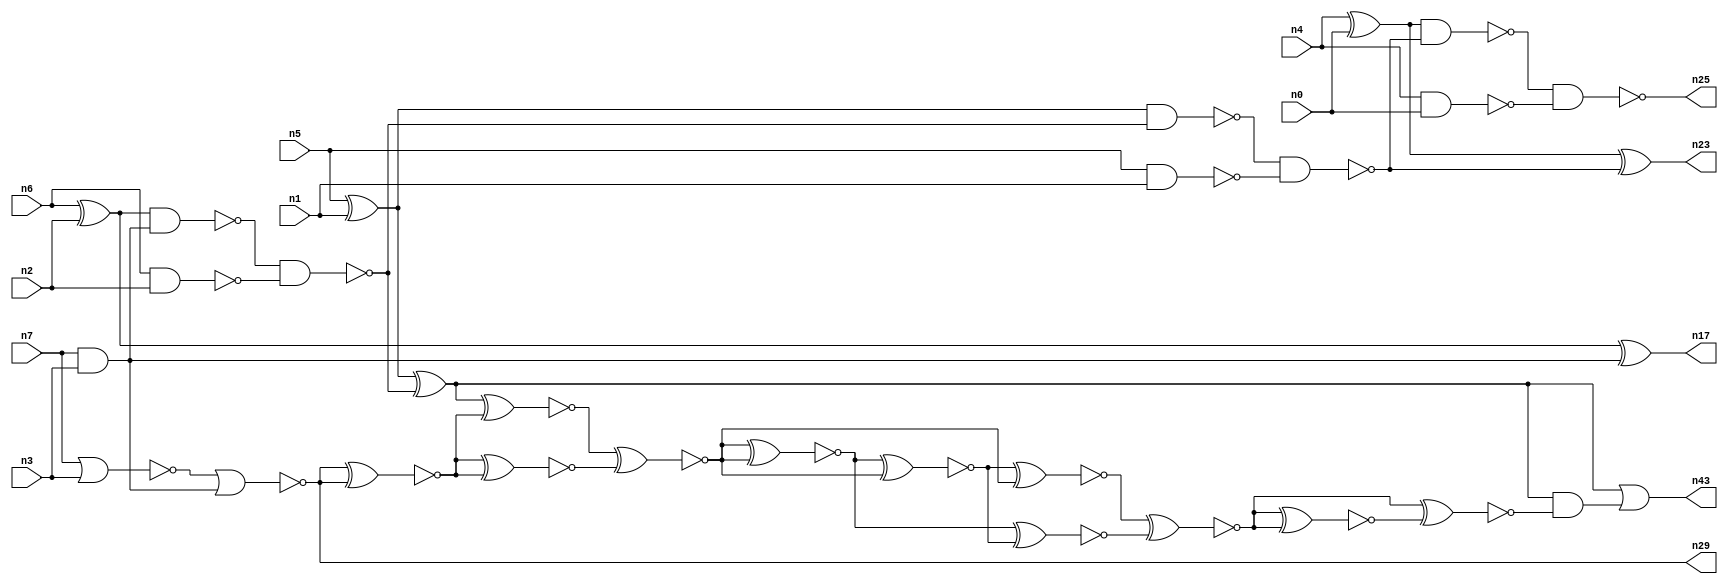
// This file contains a pareto-optimal circuit with respect to area and the fault-resilince parameter p_fault which is defined as:
// "For all input vectors, the ratio of the no. of faults observable at the POs to the no. of total possible faults in the circuit".
// This code is part of the ReCkt library (https://github.com/umar-afzaal/ReCkt) distributed under The MIT License.
// When used, please cite the following article(s):
// U. Afzaal, A.S. Hassan, M. Usman and J.A. Lee, "On the Evolutionary Synthesis of Increased Fault-resilience Arithmetic Circuits".

// p_fault = 52.9 %    (Lower is better)
// gates = 35.0
// levels = 14
// area = 51.23    (For MCNC library relative to nand2)
// power = 298.3 uW    (Berkely-SIS for MCNC library @ Vdd=5V and 20 MHz clock)
// delay = 26.9 ns    (Berkely-ABC for MCNC library)
// PDP = 8.02427e-12 J

// Pin mapping:
// {n0, n1, n2, n3} = A[3:0]
// {n4, n5, n6, n7} = B[3:0]
// {n25, n23, n43, n17, n29} = O[4:0]

module addr4u_area_52 (
n0, n1, n2, n3, n4, n5, n6, n7, 
n25, n23, n43, n17, n29
);

input n0, n1, n2, n3, n4, n5, n6, n7;
output n25, n23, n43, n17, n29;
wire n38, n41, n20, n14, n35, n22, n32, n31, n36, n33, n40, n39, n11, n34, n42, n13, n18, n30, n24, n9, 
n16, n8, n15, n10, n26, n19, n21, n27, n28, n12;

nand (n8, n6, n2);
xor (n9, n5, n1);
and (n10, n7, n3);
nor (n11, n7, n3);
xor (n12, n6, n2);
nand (n13, n4, n0);
xor (n14, n4, n0);
nand (n15, n5, n1);
nand (n16, n12, n10);
xor (n17, n12, n10);
nor (n18, n11, n10);
nand (n19, n16, n8);
nand (n20, n9, n19);
xor (n21, n9, n19);
nand (n22, n20, n15);
xor (n23, n14, n22);
nand (n24, n14, n22);
nand (n25, n24, n13);
xnor (n26, n18, n18);
xnor (n27, n21, n26);
xnor (n28, n26, n26);
and (n29, n18, n18);
xnor (n30, n27, n28);
xnor (n31, n28, n27);
xnor (n32, n30, n30);
xnor (n33, n32, n31);
xnor (n34, n33, n31);
xnor (n35, n32, n33);
xnor (n36, n34, n35);
xnor (n38, n34, n35);
xnor (n39, n38, n36);
xnor (n40, n38, n39);
and (n41, n21, n40);
or (n42, n21, n21);
or (n43, n42, n41);

endmodule